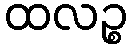
ထလဉ္စ